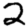
Digit: 2